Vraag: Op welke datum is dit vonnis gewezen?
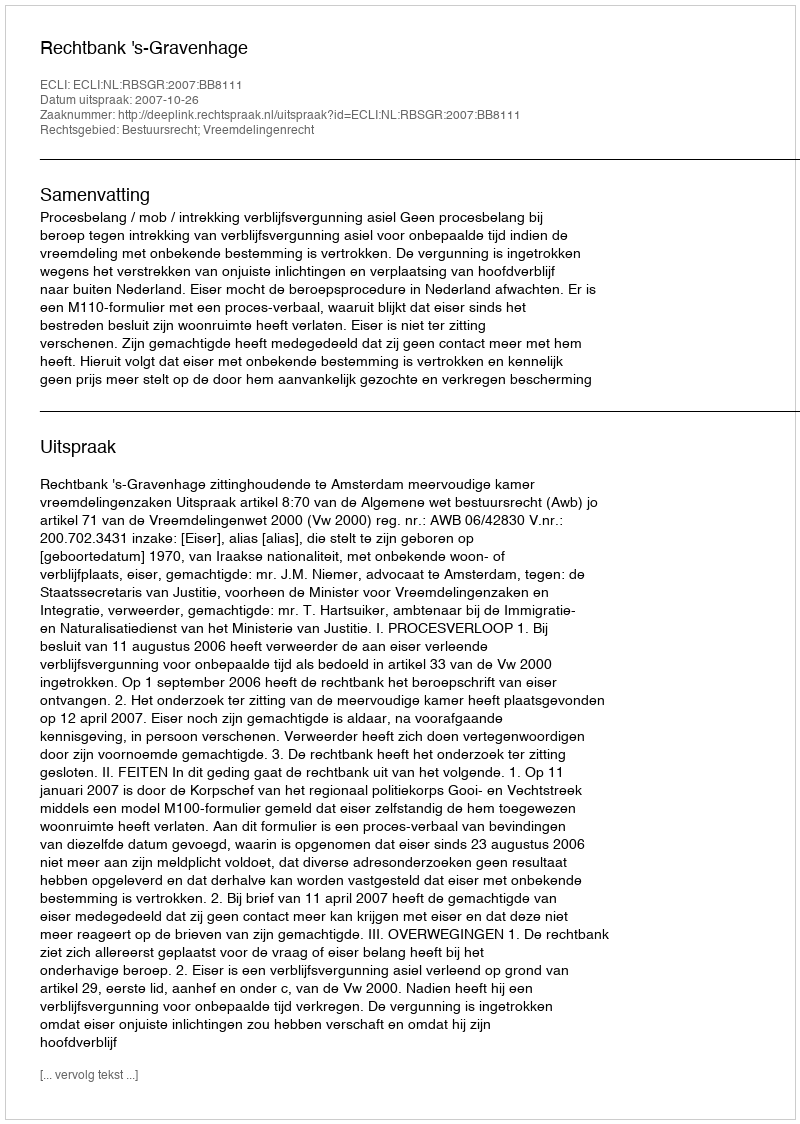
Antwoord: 2007-10-26